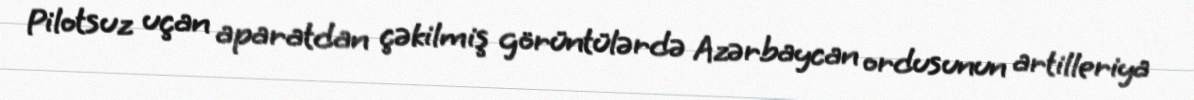
Pilotsuz uçan aparatdan çəkilmiş görüntülərdə Azərbaycan ordusunun artilleriya